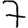
Digit: 7